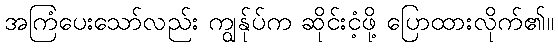
အကြံပေးသော်လည်း ကျွန်ုပ်က ဆိုင်းငံ့ဖို့ ပြောထားလိုက်၏။